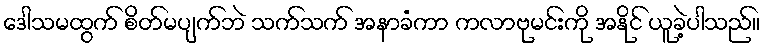
ဒေါသမထွက် စိတ်မပျက်ဘဲ သက်သက် အနာခံကာ ကလာဗုမင်းကို အနိုင် ယူခဲ့ပါသည်။